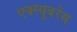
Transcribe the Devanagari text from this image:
एक्स्युबरेंस